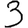
Digit: 3